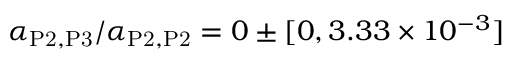
\alpha _ { \mathrm { P 2 } , \mathrm { P 3 } } / \alpha _ { \mathrm { P 2 } , \mathrm { P 2 } } = 0 \pm [ 0 , 3 . 3 3 \times 1 0 ^ { - 3 } ]